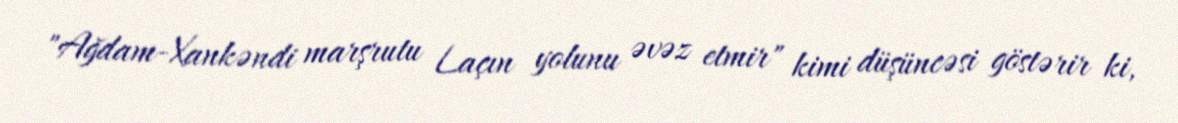
"Ağdam-Xankəndi marşrutu Laçın yolunu əvəz etmir" kimi düşüncəsi göstərir ki,